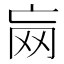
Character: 𱺶